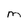
Character: m